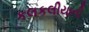
કલકલીયાની